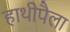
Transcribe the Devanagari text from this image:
हाथीपैला